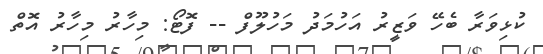
ކުޅިވަރާ ބެހޭ ވަޒީރު އަހުމަދު މަހުލޫފް -- ފޮޓޯ: މިހާރު މިހާރު އޮތް